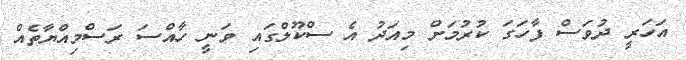
އަހަރީ ދުވަސް ފާހަގަ ކުރުމަށް މިއަދު އެ ސްކޫލްގައި ވަނީ ހާއްސަ ރަސްމިއްޔާތެއް